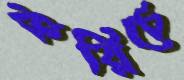
করিচে